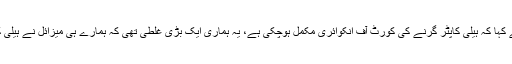
بھارتی ائیرچیف نے کہا کہ ہیلی کاپٹر گرنے کی کورٹ آف انکوائری مکمل ہوچکی ہے، یہ ہماری ایک بڑی غلطی تھی کہ ہمارے ہی میزائل نے ہیلی کاپٹر کو نشانہ بنایا۔